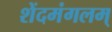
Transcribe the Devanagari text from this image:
शेंदमंगलम्